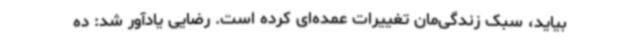
بیاید، سبک زندگی‌مان تغییرات عمده‌ای کرده است. رضایی یادآور شد: ده